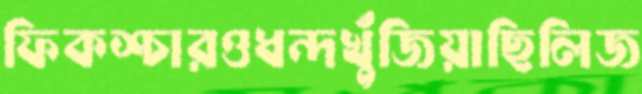
ফিকশ্চারওধন্দখুঁজিয়াছিলিজ